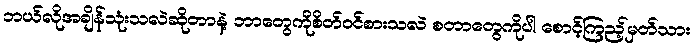
ဘယ်လိုအချိန်သုံးသလဲဆိုတာနဲ့ ဘာတွေကိုစိတ်ဝင်စားသလဲ စတာတွေကိုပါ စောင့်ကြည့်မှတ်သား